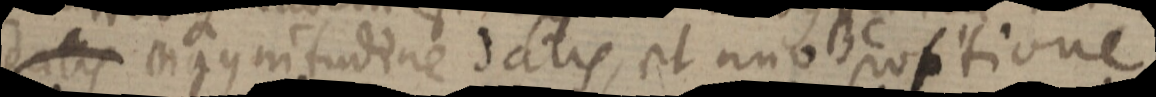
datis magnitudine datis, et uno BC positione